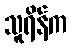
သူရိန်က